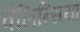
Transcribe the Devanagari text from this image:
वैलिन्सिया